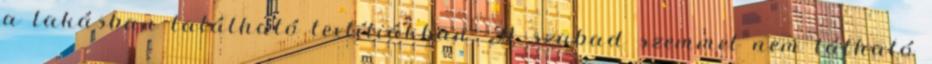
a lakásban található textíliákban. A szabad szemmel nem látható